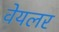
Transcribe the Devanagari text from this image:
वेयलर